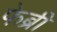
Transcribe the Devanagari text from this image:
फेब्री